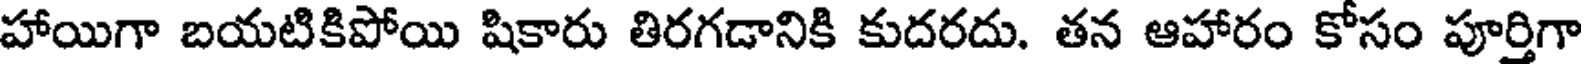
హాయిగా బయటికిపోయి షికారు తిరగడానికి కుదరదు. తన ఆహారం కోసం పూర్తిగా